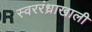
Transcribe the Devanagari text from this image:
स्वररंध्राखाली